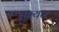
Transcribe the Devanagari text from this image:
हुम्यन